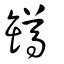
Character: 罇